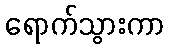
ရောက်သွားကာ